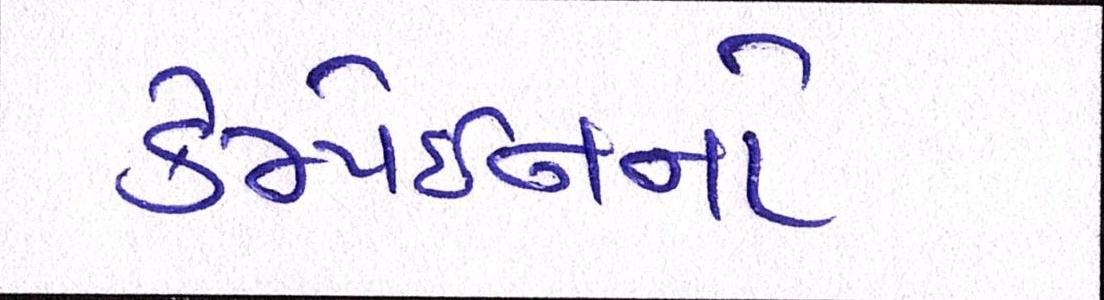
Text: કેમ્પેઈનનો